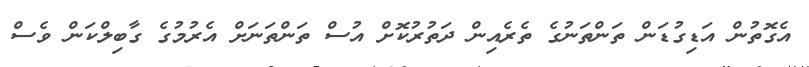
އެގޮތުން އަޑިގުޑަން ތަންތަނުގެ ތެރެއިން ދަތުރުކޮށް އުސް ތަންތަނަށް އެރުމުގެ ގާބިލްކަން ވެސް